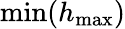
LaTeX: \operatorname*{min}(h_{\operatorname*{max}})